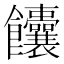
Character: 饢